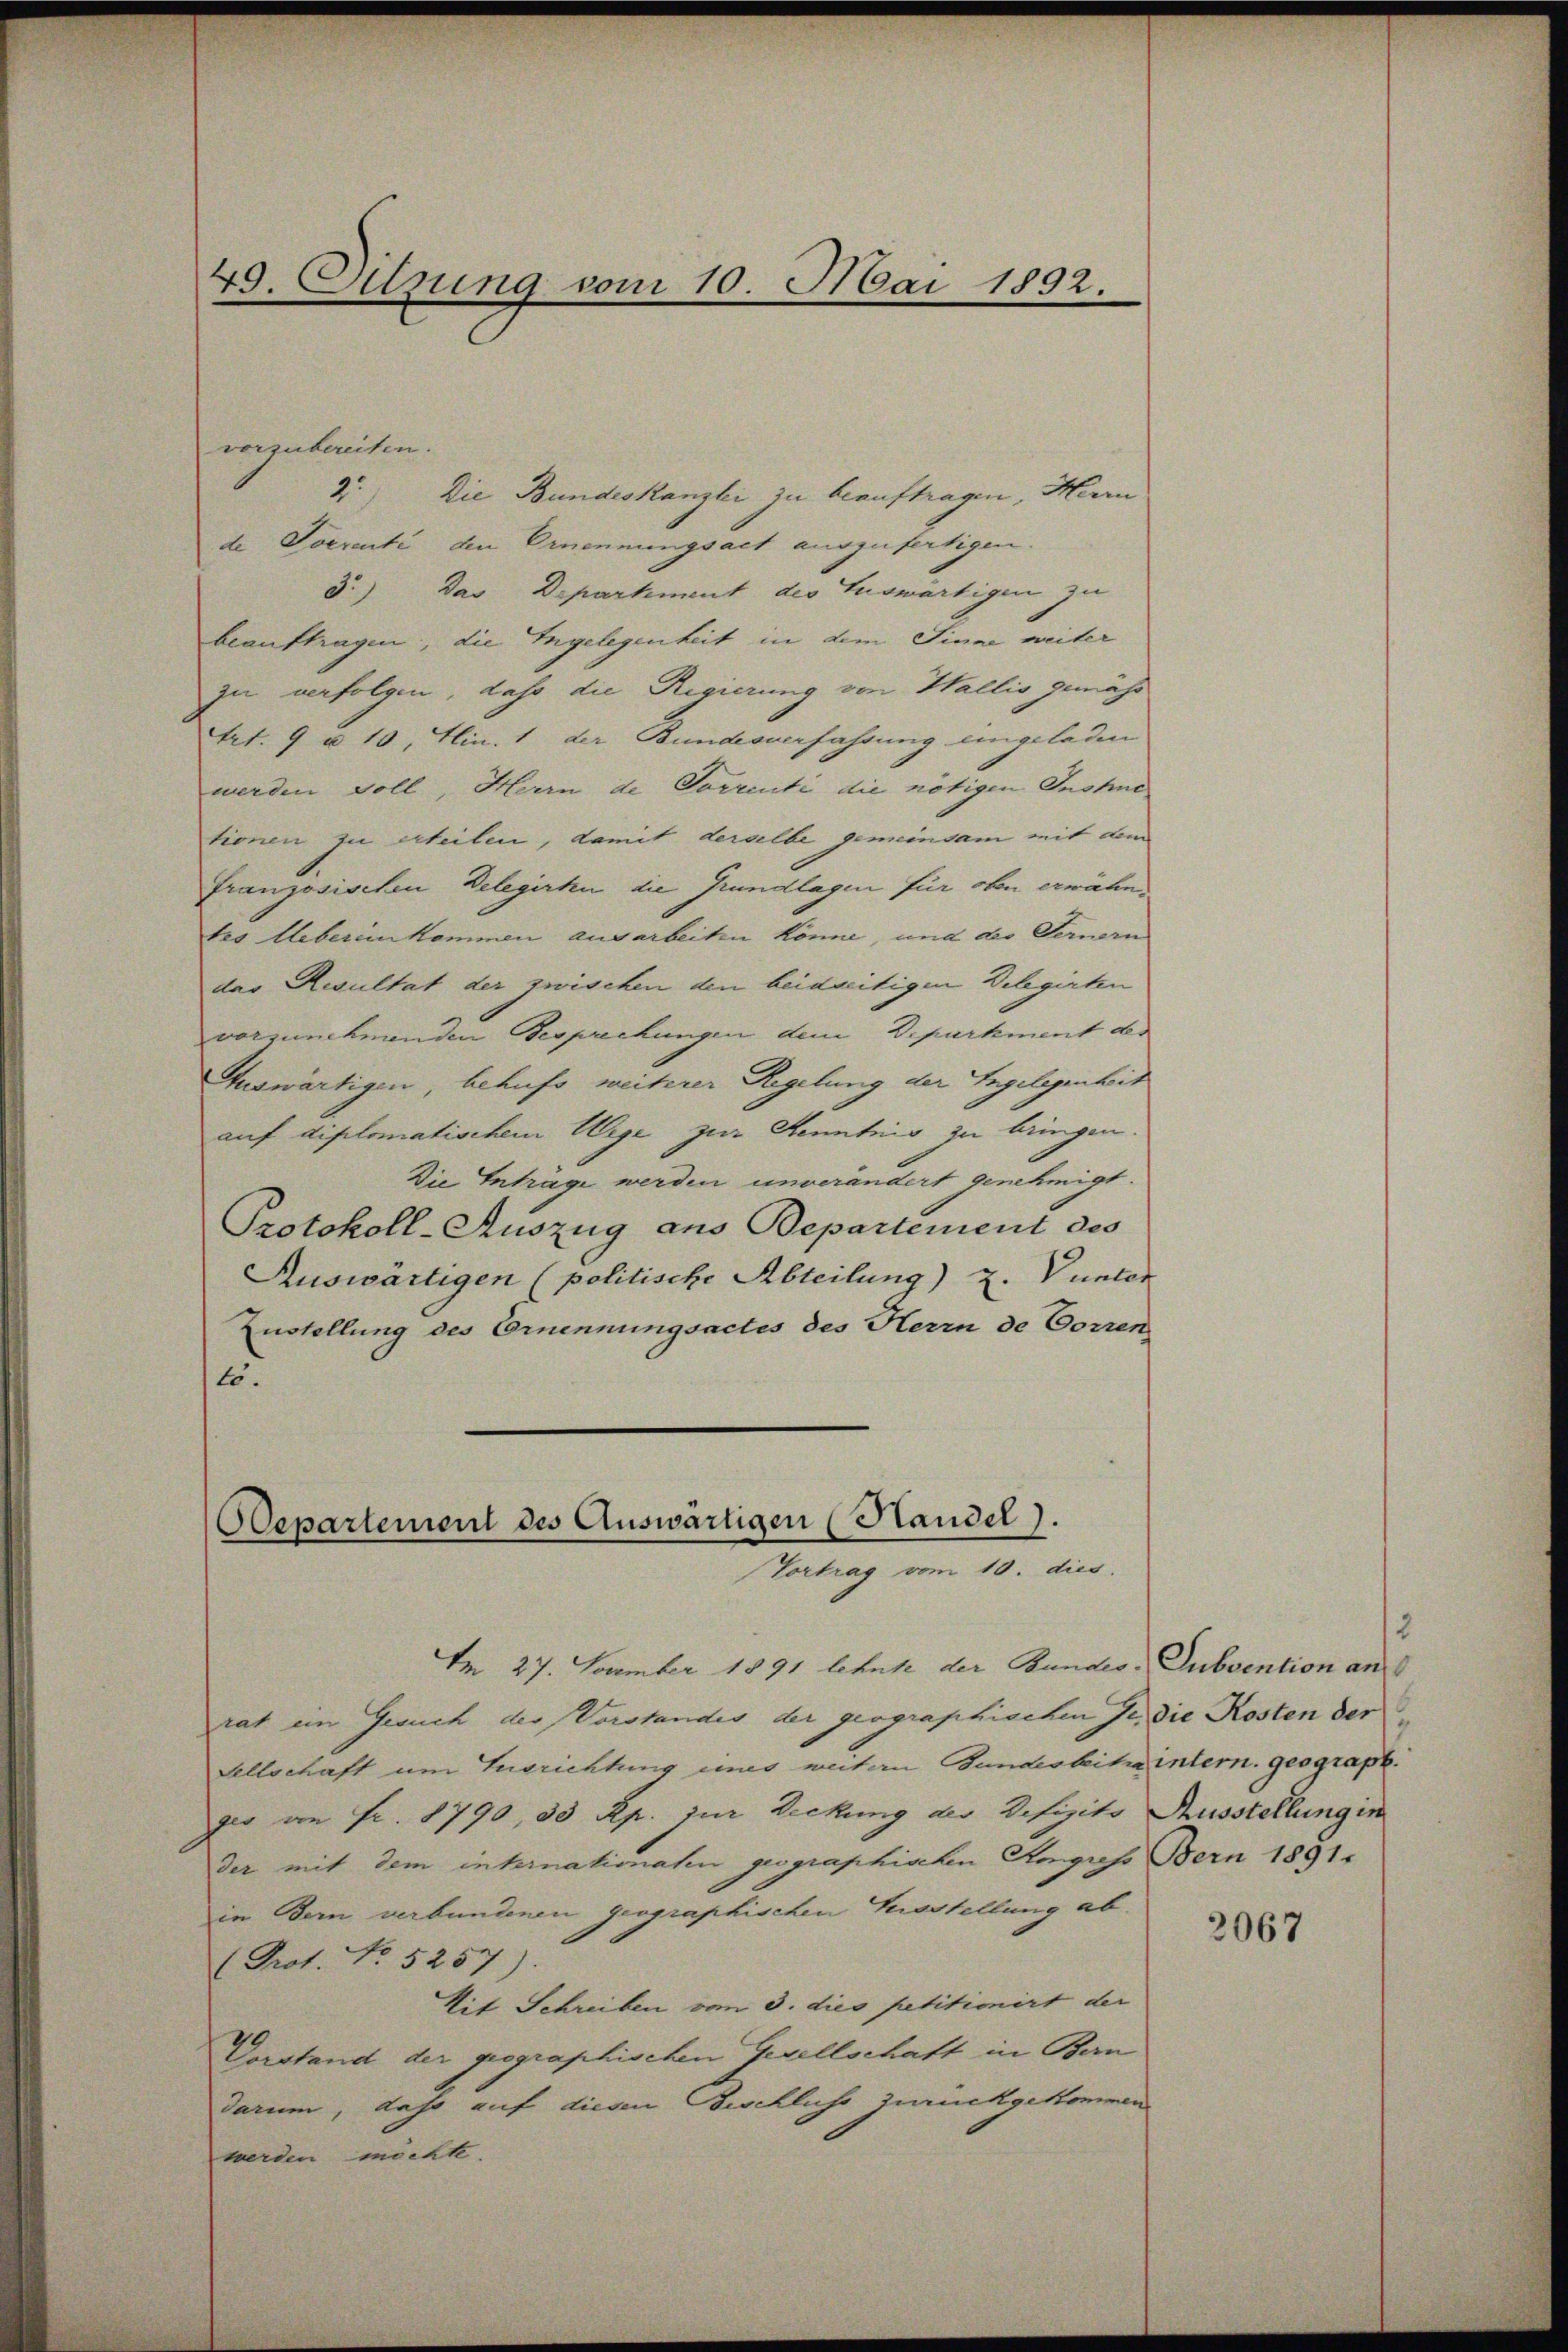
49. Setzung vom 10. Mai 1892.

vorzubereiten.
95. Die Bundeskanzlei zu beauftragen, Herrn
de Socrenti den Ernennungsact auszufertigen.
3.) Das Departement des Auswärtigen zu
beauftragen, die Ingelegenheit in dem Sinne weiter
zu verfolgen, dass die Regierung von Wallis gemäss
Art. 9 u. 10, Min. 1 der Bundesverfassung eingeladen
werden voll, Herrn de Vorrenti die nötigen Gnohne
tionen zu erteilen, damit derselbe gemeinsam mit dem
Französischen Delegirte die Grundlagen für oben erwähn
tes Uebereinkommen ausarbeiten könne, und der Fernern
das Resultat der zwischen den beidseitigen Delegirten
vorzunehmenden Besprechungen dem Department der
Auswärtigen, behufs weiterer Regelung der Angelegenheit
auf diplomatischem Wege zur Kenntnis zu bringen.
Die Inträge werden unverändert genehmigt.
Protokoll-Auszug ans Departement des
Ruswärtigen (politische Abteilung) u. Vunter
Zustellung des Ernennungsactes des Herrn de Corren
15.

Odepartement des Auswärtigen (Handel).
Vortrag vom 10. dies

Nr 27. November 1891 lehnte der Bundes-Subvention an
rat ein Gesuch der Vorstandes der geographischen Jr. die Kosten der¬
Sellschaft um Eusrichtung eines weiten Bundesbeitra intern. geograph.
gio an Fr. 1790, 33 Rp. zur Deckung der Defizits Ausstellung in
der mit dem internationalen geographischen Angress Bern 1891
in Bern verbundenen geographischen Trostellung ab.
(Prot. No 5257).
Mit Schreiben vom 3. dies petitionirt der
Vorstand der geographischen Gesellschaft in Bern
darum, daß auf diesen Beschluss zurückgekommen
werden möchte.

2

2067